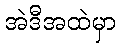
အဲဒီအထဲမှာ